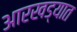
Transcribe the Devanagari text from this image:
आरखड्यात